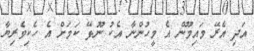
އަދި އެރޭ މައިމޫން އެ މީހުންނާ އެކު ނޫޅޭ ކަމަށް އެ ހެކިވެރިޔާ